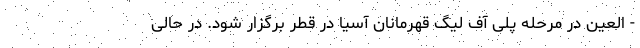
- العین در مرحله پلی آف لیگ قهرمانان آسیا در قطر برگزار شود. در حالی